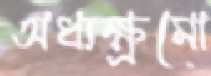
অধ্যক্ষ্রমো